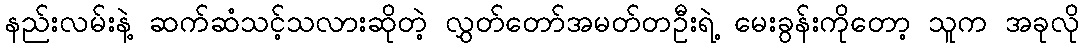
နည်းလမ်းနဲ့ ဆက်ဆံသင့်သလားဆိုတဲ့ လွှတ်တော်အမတ်တဦးရဲ့ မေးခွန်းကိုတော့ သူက အခုလို